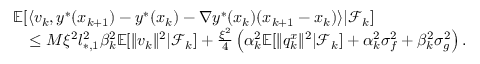
\begin{array} { r l } & { \mathbb { E } [ \langle v _ { k } , y ^ { * } ( x _ { k + 1 } ) - y ^ { * } ( x _ { k } ) - \nabla y ^ { * } ( x _ { k } ) ( x _ { k + 1 } - x _ { k } ) \rangle | \mathcal { F } _ { k } ] } \\ & { \quad \le M \xi ^ { 2 } l _ { * , 1 } ^ { 2 } \beta _ { k } ^ { 2 } \mathbb { E } [ \| v _ { k } \| ^ { 2 } | \mathcal { F } _ { k } ] + \frac { \xi ^ { 2 } } { 4 } \left( \alpha _ { k } ^ { 2 } \mathbb { E } [ \| q _ { k } ^ { x } \| ^ { 2 } | \mathcal { F } _ { k } ] + \alpha _ { k } ^ { 2 } \sigma _ { f } ^ { 2 } + \beta _ { k } ^ { 2 } \sigma _ { g } ^ { 2 } \right) . } \end{array}